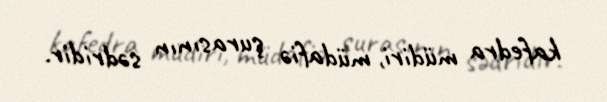
kafedra müdiri, müdafiə şurasının sədridir.